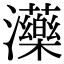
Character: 𤄶